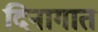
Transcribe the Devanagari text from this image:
दिनागात